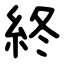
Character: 終